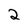
Character: 2